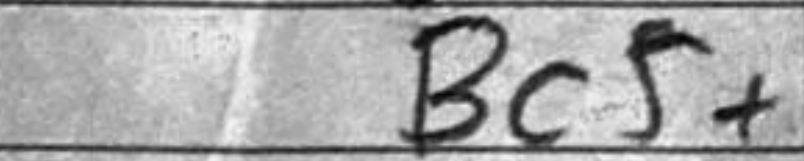
Transcription: Bc5+